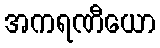
အကရဏီယော